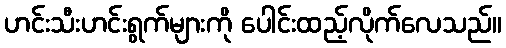
ဟင်းသီးဟင်းရွက်များကို ပေါင်းထည့်လိုက်လေသည်။